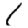
Digit: 1